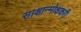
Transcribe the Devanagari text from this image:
साक्षान्मोक्षकरी